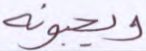
ويحبونه